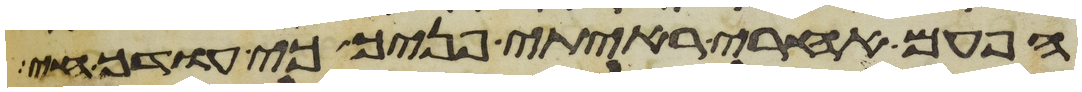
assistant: הפעם אחרי ראיתי פניך כי עודך חי